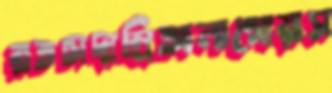
রতচাদাম্রিআলাগোয়াস